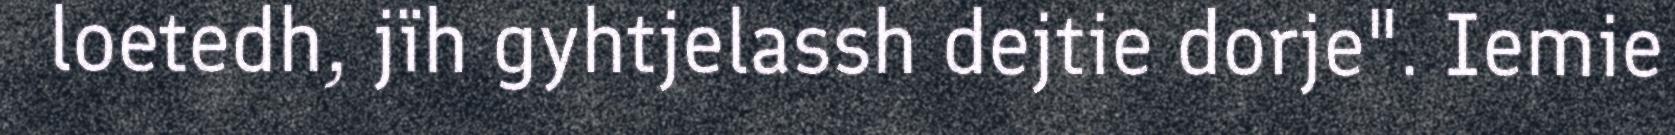
loetedh, jïh gyhtjelassh dejtie dorje". Iemie